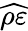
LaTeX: \widehat{\rho\varepsilon}